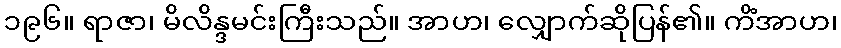
၁၉၆။ ရာဇာ၊ မိလိန္ဒမင်းကြီးသည်။ အာဟ၊ လျှောက်ဆိုပြန်၏။ ကိံအာဟ၊